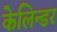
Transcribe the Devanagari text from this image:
केलिन्डर